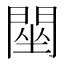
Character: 䦟